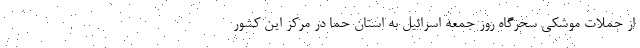
از حملات موشکی سحرگاه روز جمعه اسرائیل به استان حما در مرکز این کشور